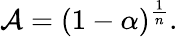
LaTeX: \mathcal{A}=(1-\alpha)^{\frac{{1}}{{n}}}.